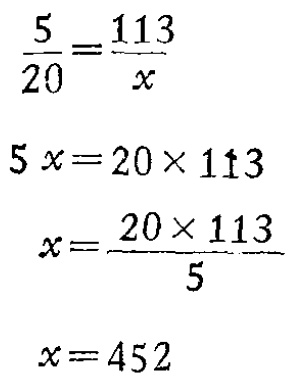
\[\begin{align*}
\frac{5}{20}&=\frac{113}{x}\\
5x&=20\times113\\
x&=\frac{20\times113}{5}\\
x&=452
\end{align*}\]